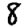
Digit: 8